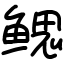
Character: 鳃